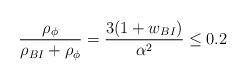
LaTeX: \begin{align*}{\rho_{\phi} \over {\rho_{BI}+\rho_{\phi}}}={{3(1+w_{BI})} \over \alpha^2} \le 0.2\end{align*}